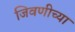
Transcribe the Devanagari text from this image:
जिवणीच्या